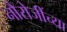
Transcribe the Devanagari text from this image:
नौरोजींच्या